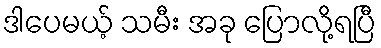
ဒါပေမယ့် သမီး အခု ပြောလို့ရပြီ